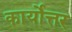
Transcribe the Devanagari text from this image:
कार्योत्तर